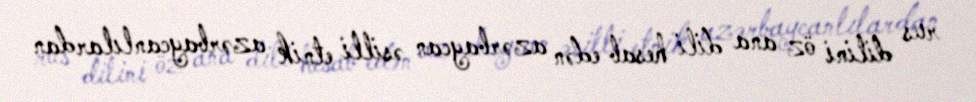
rus dilini öz ana dili hesab edən azərbaycan əsilli etnik azərbaycanlılardan